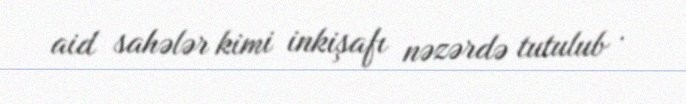
aid sahələr kimi inkişafı nəzərdə tutulub .